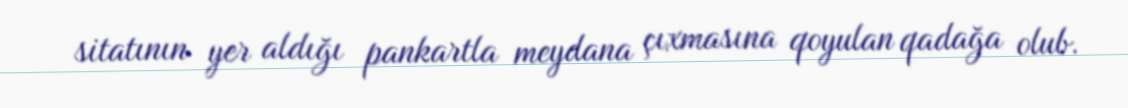
sitatının yer aldığı pankartla meydana çıxmasına qoyulan qadağa olub.